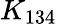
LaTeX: K_{134}